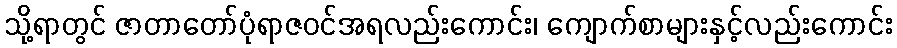
သို့ရာတွင် ဇာတာတော်ပုံရာဇဝင်အရလည်းကောင်း၊ ကျောက်စာများနှင့်လည်းကောင်း